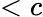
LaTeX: <c